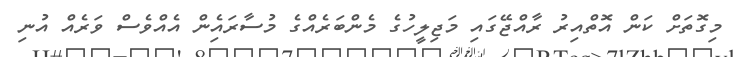
މިގޮތަށް ކަން އޮތްއިރު ރާއްޖޭގައި މަޖިލީހުގެ މެންބަރެއްގެ މުސާރައެިން އެއްވެސް ވަރެއް އުނި